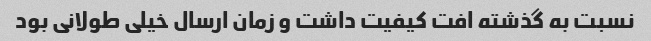
نسبت به گذشته افت کیفیت داشت و زمان ارسال خیلی طولانی بود